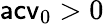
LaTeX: \mathsf{acv}_{0}>0